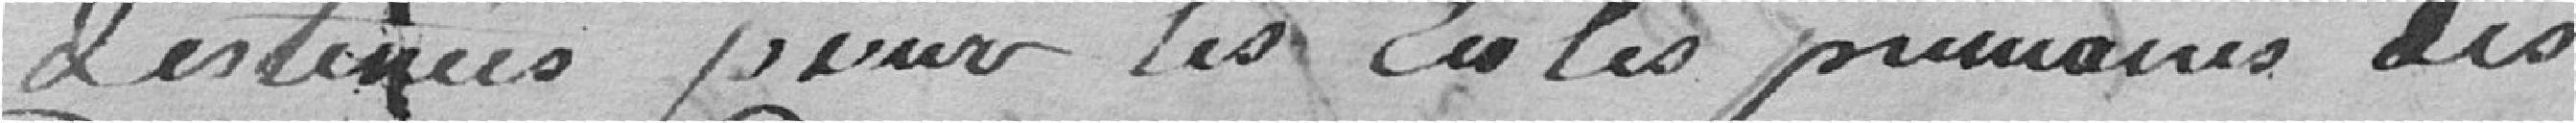
destinées pour les Ecoles primaires des